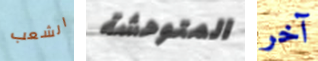
الشعب المتوحشة آخر